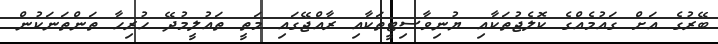
ބޭރުގެ އަށް ގައުމެއްގެ ކޮލެޖުތަކާއި ޔުނިވާސިޓީތަކާއި ރާއްޖޭގައި މަތީ ތައުލީމުދޭ ހުރިހާ ތަންތަނަކުން